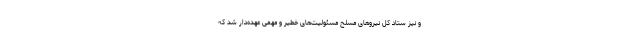
و نیز ستاد کل نیروهای مسلح مسئولیت‌های خطیر و مهمی عهده‌دار شد که